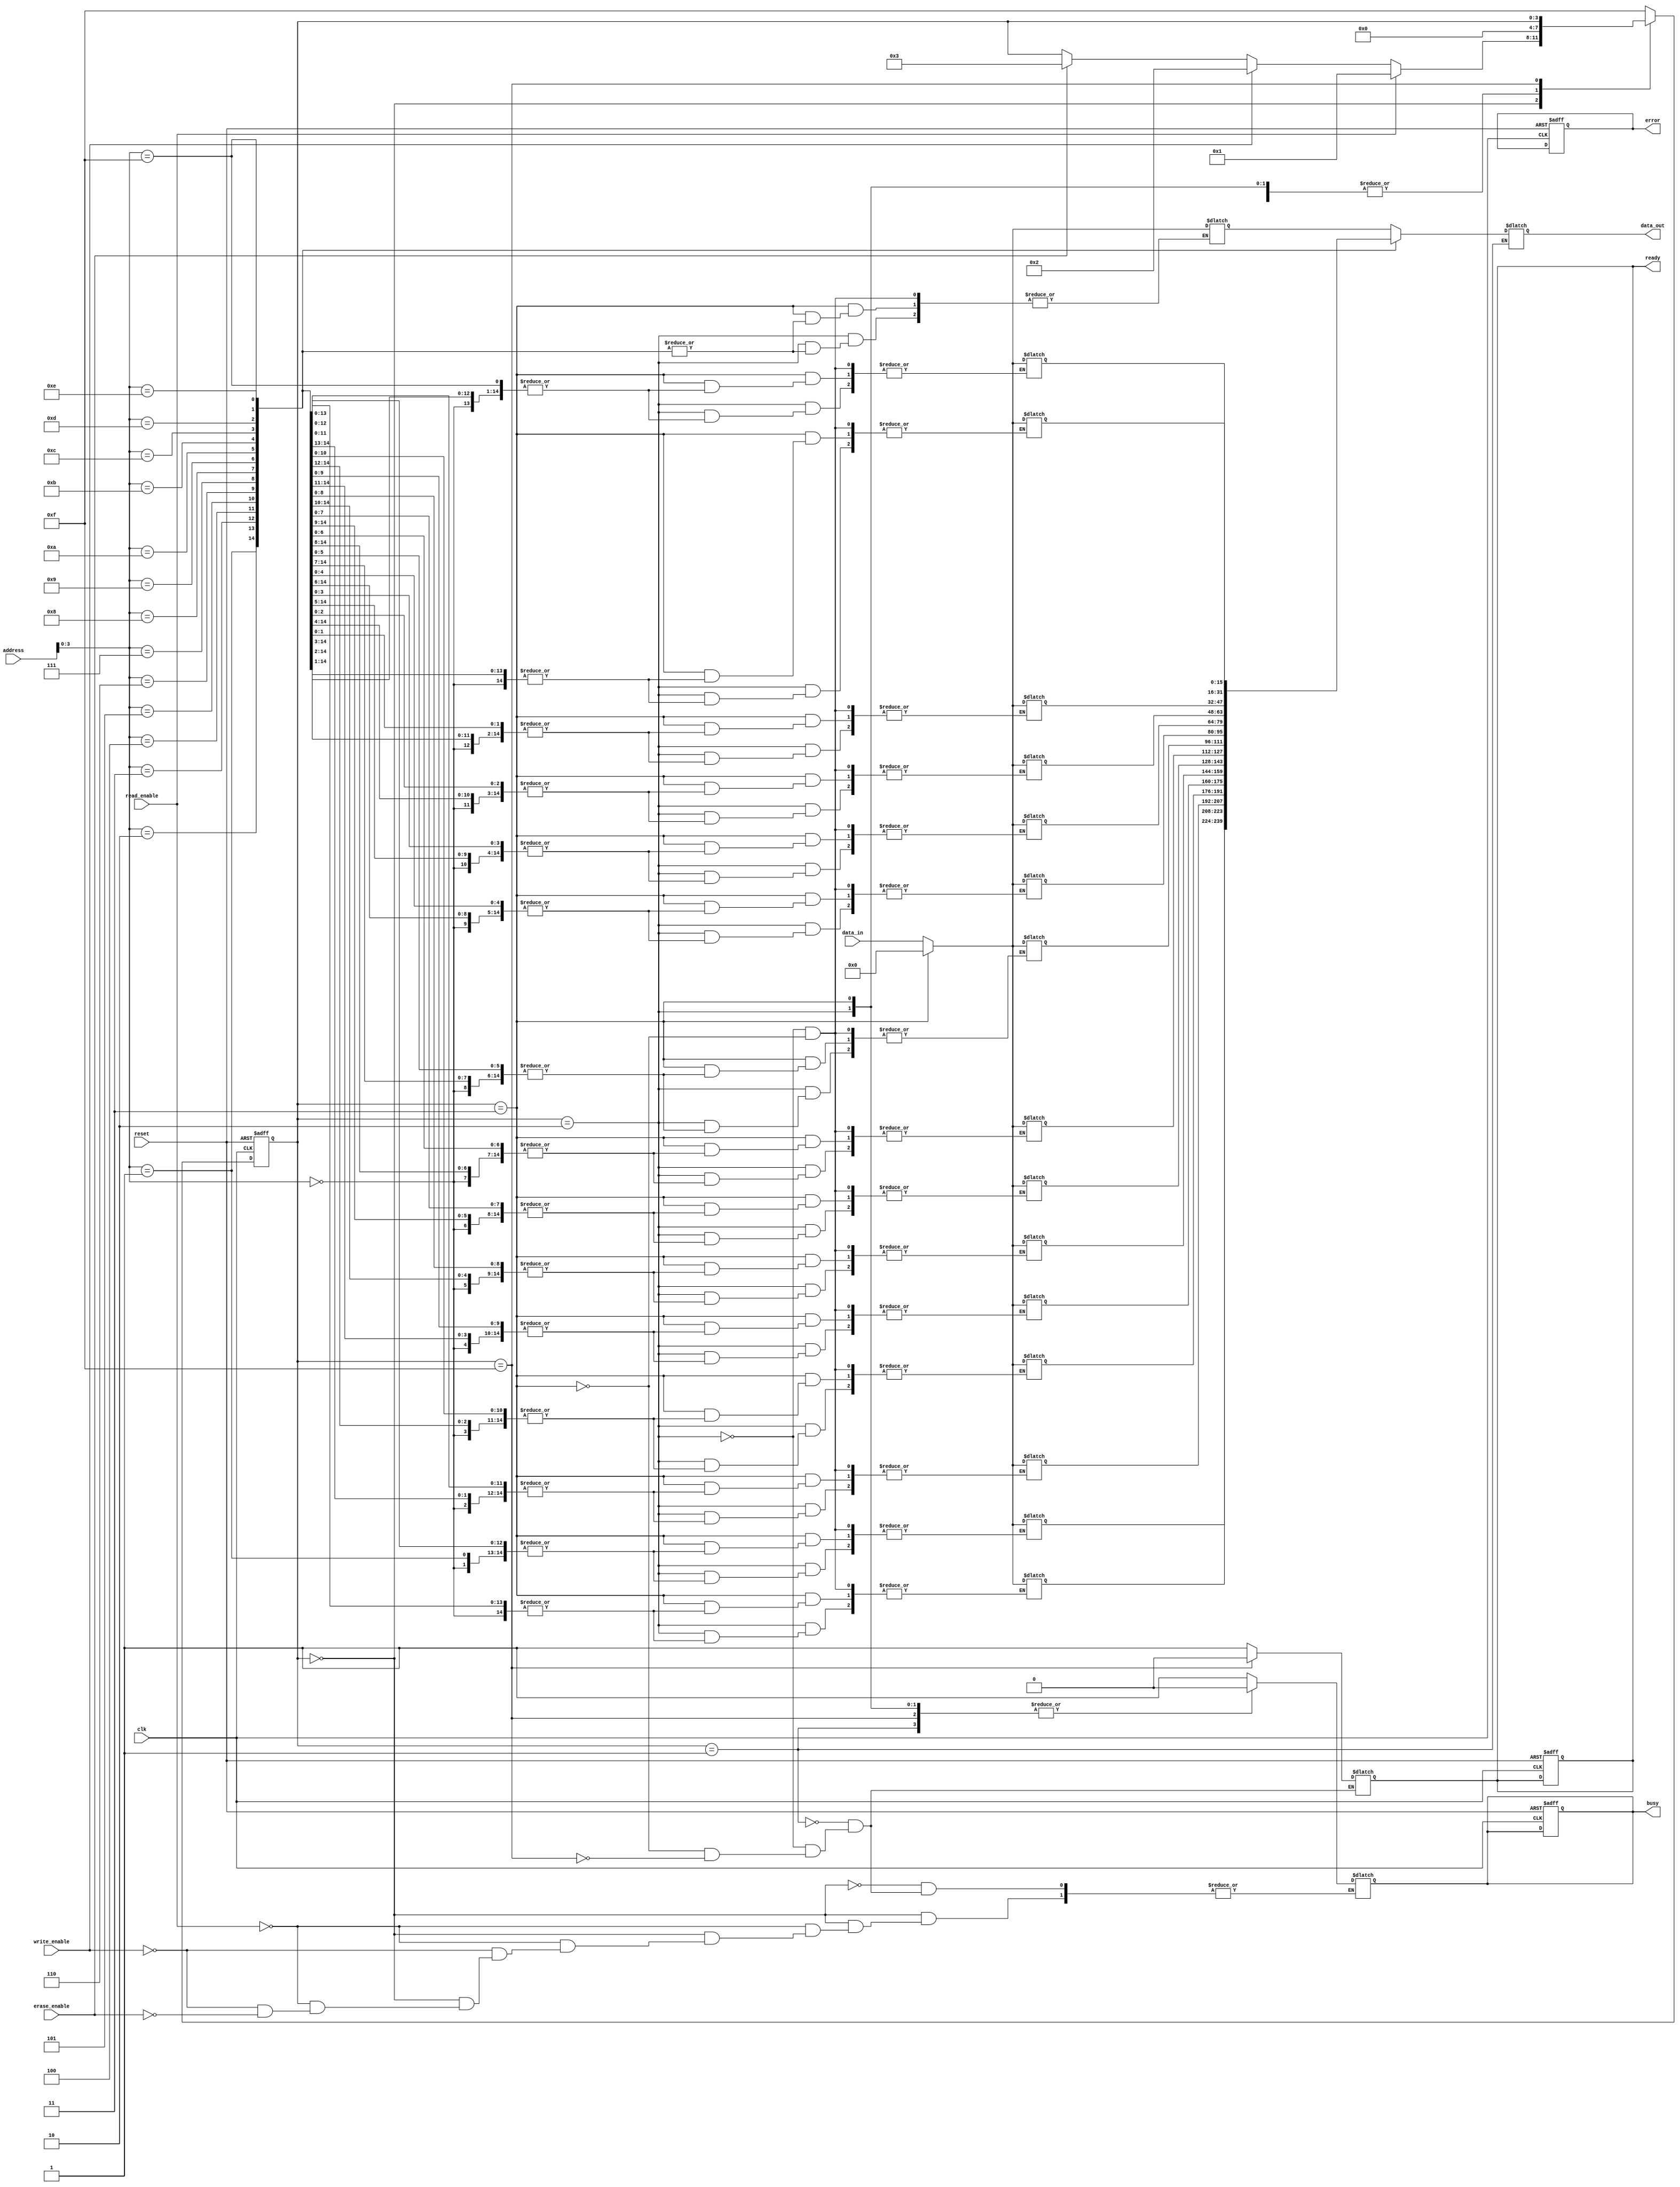
module SmartEEPROM (
    input wire clk,
    input wire reset,
    input wire [7:0] address,
    input wire [15:0] data_in,
    output reg [15:0] data_out,
    input wire read_enable,
    input wire write_enable,
    input wire erase_enable,
    output reg busy,
    output reg ready,
    output reg error
);

// Memory Array (16x16 bits)
reg [15:0] memory_array [0:15]; // 16 memory locations
reg [3:0] current_state, next_state;

// Control Logic States
parameter IDLE = 4'b0000,
          READ = 4'b0001,
          WRITE = 4'b0010,
          ERASE = 4'b0011,
          ERROR = 4'b1111;

// State Machine
always @(posedge clk or posedge reset) begin
    if (reset) begin
        current_state <= IDLE;
        busy <= 0;
        ready <= 1;
        error <= 0;
    end else begin
        current_state <= next_state;
    end
end

always @(*) begin
    next_state = current_state;
    case (current_state)
        IDLE: begin
            if (read_enable) begin
                busy = 1;
                next_state = READ;
            end else if (write_enable) begin
                busy = 1;
                next_state = WRITE;
            end else if (erase_enable) begin
                busy = 1;
                next_state = ERASE;
            end
        end

        READ: begin
            data_out = memory_array[address]; // Read data
            ready = 1;
            busy = 0;
            next_state = IDLE;
        end

        WRITE: begin
            memory_array[address] = data_in; // Write data
            ready = 1;
            busy = 0;
            next_state = IDLE;
        end

        ERASE: begin
            memory_array[address] = 16'b0; // Erase data
            ready = 1;
            busy = 0;
            next_state = IDLE;
        end

        ERROR: begin
            ready = 0;
            busy = 0;
            // Handle error condition
        end

        default: next_state = ERROR; // Transition to error state on unexpected condition
    endcase
end

endmodule